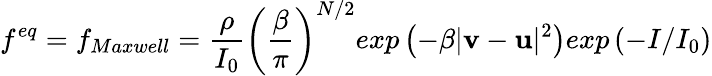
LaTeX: f^{eq}=f_{Maxwell}=\frac{\rho}{I_{0}}\left(\frac{\beta}{\pi}\right)^{N/2}exp\left(-\beta|\textbf{v}-\textbf{u}|^{2}\right)exp\left(-I/I_{0}\right)